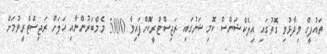
ތައުފީގް ވިދާޅުވި ގޮތުގައި އިލެކްޝަންސް ކޮމިޝަނުގައި ރަޖިސްޓްރީކޮށްފައިވާ 5800 މެމްބަރުންނާއި އަލަށް ރަޖިސްޓްރީވުމަށް